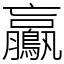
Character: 鸁